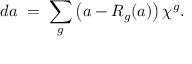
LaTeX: d a \; = \; \sum _ { g } \left( a - R _ { g } ( a ) \right) \chi ^ { g } .